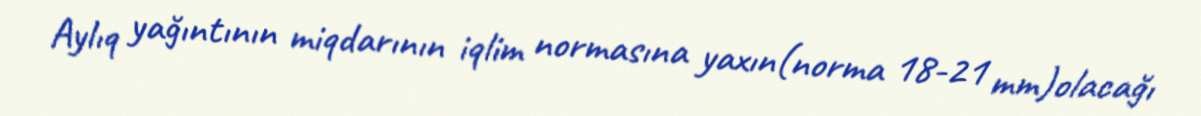
Aylıq yağıntının miqdarının iqlim normasına yaxın(norma 18-21 mm)olacağı